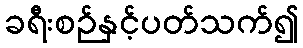
ခရီးစဉ်နှင့်ပတ်သက်၍